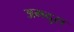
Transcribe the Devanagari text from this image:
अमदुरा